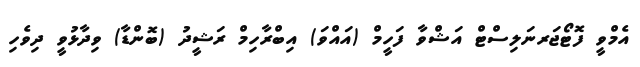
އެމްވީ ފޮޓޯޖަރނަލިސްޓް އަޝްވާ ފަހީމް (އައްވަ) އިބްރާހިމް ރަޝީދު (ބޮންޑާ) ވިދާޅުވީ ދިވެހި